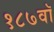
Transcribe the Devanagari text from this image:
१८७वॉ